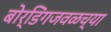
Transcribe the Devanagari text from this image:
बोर्डिंगजवळच्या